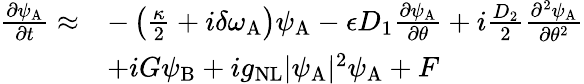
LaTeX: \begin{array}{rl}{\frac{\partial\psi_{\mathrm{A}}}{\partial t}\approx}&{-\left(\frac{\kappa}{2}+i\delta\omega_{\mathrm{A}}\right)\psi_{\mathrm{A}}-\epsilon D_{1}\frac{\partial\psi_{\mathrm{A}}}{\partial\theta}+i\frac{D_{2}}{2}\frac{\partial^{2}\psi_{\mathrm{A}}}{\partial\theta^{2}}}\\ &{+iG\psi_{\mathrm{B}}+ig_{\mathrm{NL}}\vert\psi_{\mathrm{A}}\vert^{2}\psi_{\mathrm{A}}+F}\end{array}